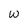
Character: w